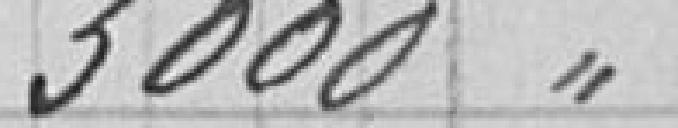
3 000